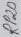
Text: RP2B